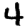
Digit: 4